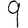
Digit: 9